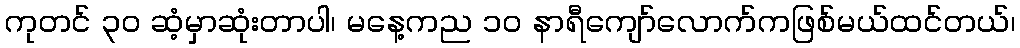
ကုတင် ၃၀ ဆံ့မှာဆုံးတာပါ၊ မနေ့ကည ၁၀ နာရီကျော်လောက်ကဖြစ်မယ်ထင်တယ်၊